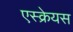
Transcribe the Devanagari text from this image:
एस्क्रेयस